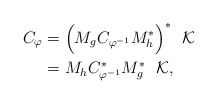
\begin{align*}C_{\varphi} & = \Big(M_{g}C_{\varphi^{-1}}M^{*}_{h}\Big)^{*}\ \ \mathcal{K}\\& = M_{h}C_{\varphi^{-1}}^{*}M_{g}^{*}\ \ \mathcal{K},\end{align*}